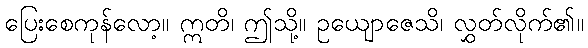
ပြေးစေကုန်လော့။ ဣတိ၊ ဤသို့။ ဥယျောဇေသိ၊ လွှတ်လိုက်၏။